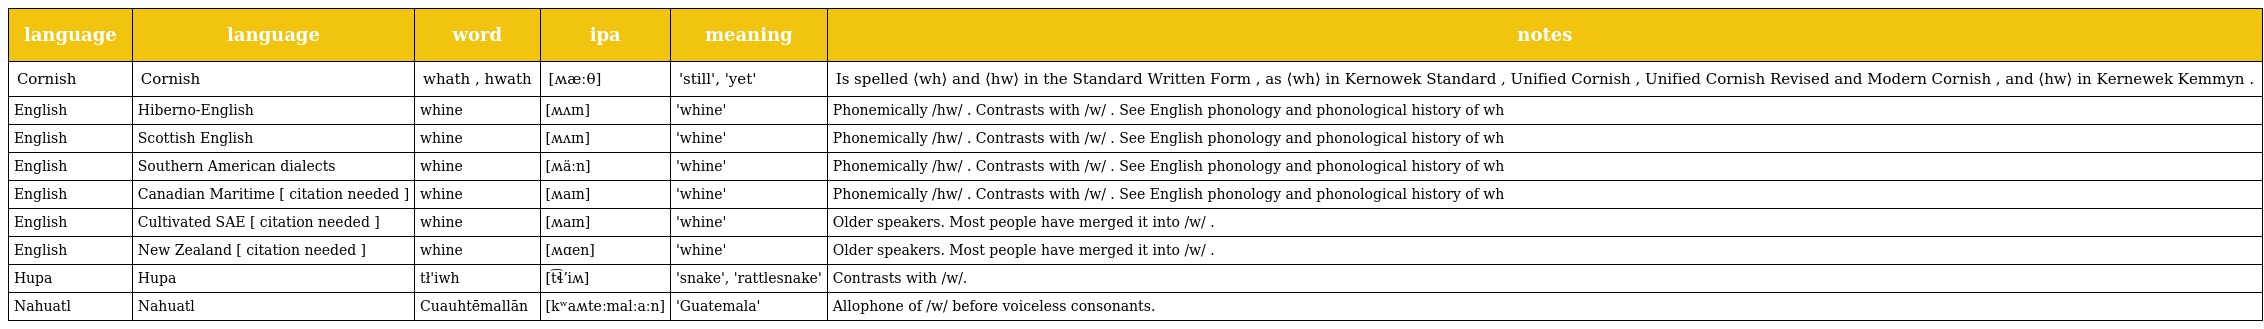
| language | language | word | ipa | meaning | notes |
 | --- | --- | --- | --- | --- | --- |
 | Cornish | Cornish | whath , hwath | [ʍæːθ] | 'still', 'yet' | Is spelled ⟨wh⟩ and ⟨hw⟩ in the Standard Written Form , as ⟨wh⟩ in Kernowek Standard , Unified Cornish , Unified Cornish Revised and Modern Cornish , and ⟨hw⟩ in Kernewek Kemmyn . |
 | English | Hiberno-English | whine | [ʍʌɪn] | 'whine' | Phonemically /hw/ . Contrasts with /w/ . See English phonology and phonological history of wh |
 | English | Scottish English | whine | [ʍʌɪn] | 'whine' | Phonemically /hw/ . Contrasts with /w/ . See English phonology and phonological history of wh |
 | English | Southern American dialects | whine | [ʍäːn] | 'whine' | Phonemically /hw/ . Contrasts with /w/ . See English phonology and phonological history of wh |
 | English | Canadian Maritime [ citation needed ] | whine | [ʍaɪn] | 'whine' | Phonemically /hw/ . Contrasts with /w/ . See English phonology and phonological history of wh |
 | English | Cultivated SAE [ citation needed ] | whine | [ʍaɪn] | 'whine' | Older speakers. Most people have merged it into /w/ . |
 | English | New Zealand [ citation needed ] | whine | [ʍɑen] | 'whine' | Older speakers. Most people have merged it into /w/ . |
 | Hupa | Hupa | tł'iwh | [t͡ɬʼiʍ] | 'snake', 'rattlesnake' | Contrasts with /w/. |
 | Nahuatl | Nahuatl | Cuauhtēmallān | [kʷaʍteːmalːaːn] | 'Guatemala' | Allophone of /w/ before voiceless consonants. |